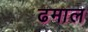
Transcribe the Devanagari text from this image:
ढमाल